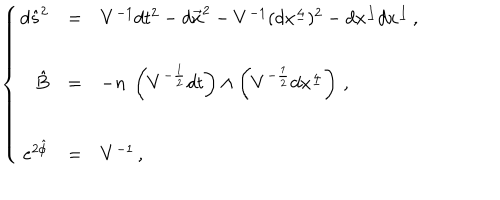
\left\{ \begin{array} { r c l } { { d \hat { s } ^ { 2 } } } & { { = } } & { { V ^ { - 1 } d t ^ { 2 } - d \vec { x } ^ { 2 } - V ^ { - 1 } ( d x ^ { \underline { { { 4 } } } } ) ^ { 2 } - d x ^ { \underline { { { I } } } } d x ^ { \underline { { { I } } } } \, , } } \\ { { } } & { { } } & { { } } \\ { { \hat { B } } } & { { = } } & { { - n \ \left( V ^ { - \frac { 1 } { 2 } } d t \right) \wedge \left( V ^ { - \frac { 1 } { 2 } } d x ^ { \underline { { { 4 } } } } \right) \, , } } \\ { { } } & { { } } & { { } } \\ { { e ^ { 2 \hat { \phi } } } } & { { = } } & { { V ^ { - 1 } \, , } } \\ \end{array} \right.